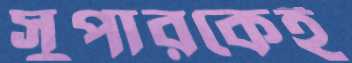
সুপারকেই